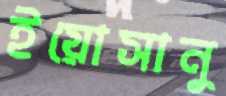
ইয়োসানু